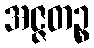
အဇ္ဇတဉ္စ